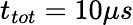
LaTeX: t_{tot}=10\mu s